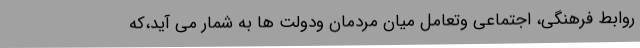
روابط فرهنگی، اجتماعی وتعامل میان مردمان ودولت ها به شمار می آید،که